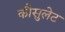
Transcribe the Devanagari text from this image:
कौसुलेट